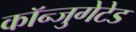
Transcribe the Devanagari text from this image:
कॉन्जुगेटेड